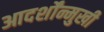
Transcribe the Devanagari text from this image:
आदर्शोंन्मुखी